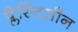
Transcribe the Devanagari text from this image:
प्लैस्टिसीन